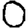
Digit: 0